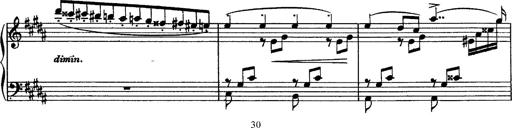
Title: Piano Sonata
Composer: Karl HÃ¤ssler
Key: C major